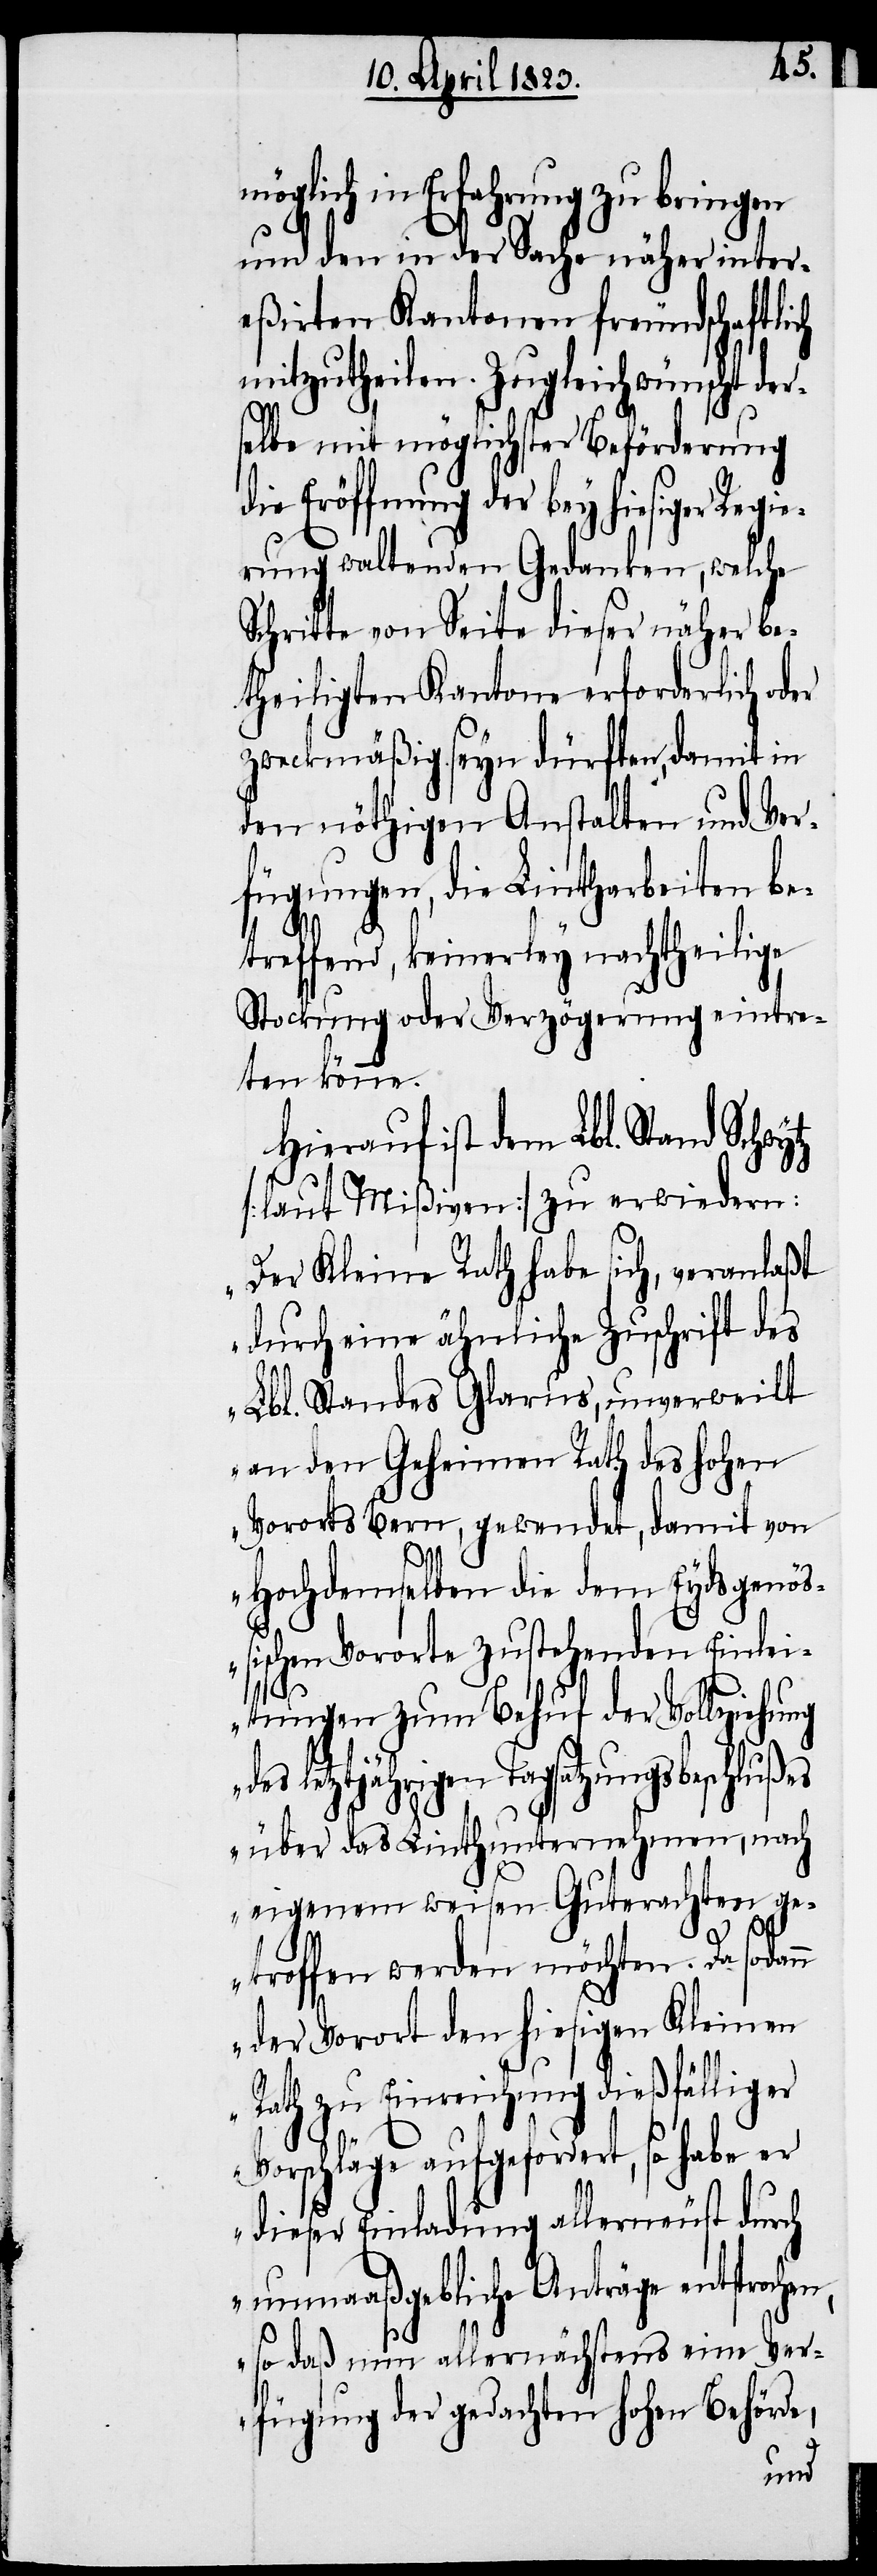
n,

möglich in Erfahrung zu bringen
und den in der Sache näher inter¬
eßirten Kantonen freundschaftlich
mitzutheilen. Zugleich wünscht de¬
selbe mit möglichster Beförderung
die Eröffnung der bey hiesiger Regi¬
erung waltenden Gedanken, welche
Schritte von Seite dieser näher be¬
theiligten Kantone erforderlich od¬
zweckmäßig seyn dürften, damit in
den nöthigen Anstalten und Ver¬
fügungen, die Lintharbeiten be¬
treffend, keinerley nachtheilige
Stockung oder Verzögerung eintre¬
ten könne.
Hierauf ist dem Lbl. Stand Schwy¬
[laut Mißiven] zu erwiedern:
„Der Kleine Rath habe sich, veranlaßt
durch eine ähnliche Zuschrift des
Lbl. Standes Glarus, unverweilt
an den Geheimen Rath des hohen
Vororts Bern, gewendet, damit von
Hochdemselben die dem Eydsgenöß¬
ischen Vororte zustehenden Einlei¬
tungen zum Behuf der Vollziehung
des letztjährigen Tagsatzungsbeschlußes
über das Linthunternehmen, nach
eigenem weisen Guterachten ge¬
troffen werden möchten. Da sodan¬
n der Vorort den hiesigen Kleinen
Rath zu Einreichung dießfälliger
Vorschläge aufgefordert, so habe er
dieser Einladung allerneust durch
unmaaßgebliche Anträge entsproche¬
so daß nun allernächstens eine Ver¬
fügung der gedachten hohen Behörde,